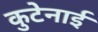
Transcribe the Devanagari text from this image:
कुटेनाई